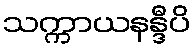
သက္ကာယနန္ဒီပိ